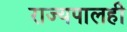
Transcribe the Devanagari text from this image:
राज्यपालही